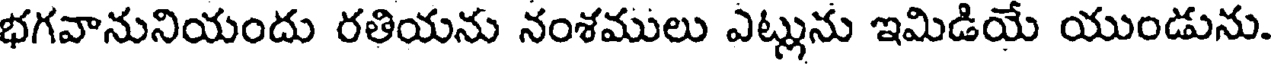
భగవానునియందు రతియను నంశములు ఎట్లును ఇమిడియే యుండును.